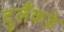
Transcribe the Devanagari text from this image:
दुलैंकड़े